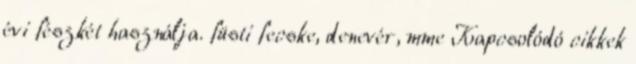
évi fészkét használja. füsti fecske, denevér, mme Kapcsolódó cikkek